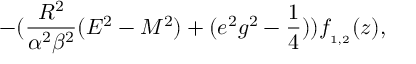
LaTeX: - ( \frac { R ^ { 2 } } { \alpha ^ { 2 } \beta ^ { 2 } } ( E ^ { 2 } - { \cal M } ^ { 2 } ) + ( e ^ { 2 } g ^ { 2 } - \frac { 1 } { 4 } ) ) f _ { _ { 1 , 2 } } ( z ) ,